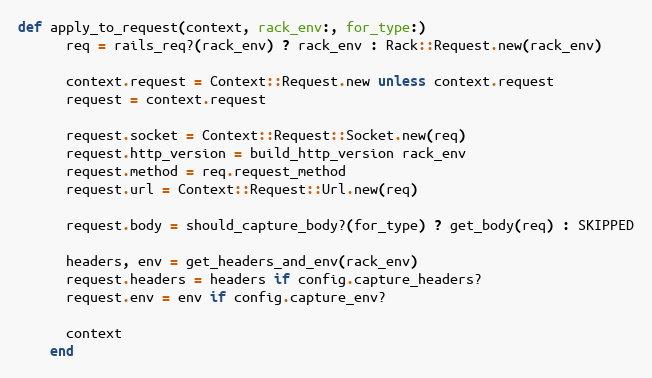
Language: Ruby
def apply_to_request(context, rack_env:, for_type:)
      req = rails_req?(rack_env) ? rack_env : Rack::Request.new(rack_env)

      context.request = Context::Request.new unless context.request
      request = context.request

      request.socket = Context::Request::Socket.new(req)
      request.http_version = build_http_version rack_env
      request.method = req.request_method
      request.url = Context::Request::Url.new(req)

      request.body = should_capture_body?(for_type) ? get_body(req) : SKIPPED

      headers, env = get_headers_and_env(rack_env)
      request.headers = headers if config.capture_headers?
      request.env = env if config.capture_env?

      context
    end